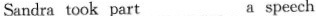
Sandra took part___ a speech